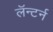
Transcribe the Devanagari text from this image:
लॅन्टर्न